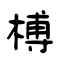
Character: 榑